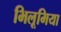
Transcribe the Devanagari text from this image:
भिलूमिया